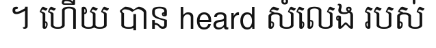
។ ហើយ បាន heard សំលេង របស់